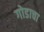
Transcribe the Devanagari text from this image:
गोडाचा